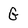
Character: G